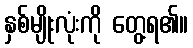
နှစ်မျိုးလုံးကို တွေ့ရ၏။